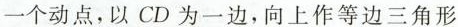
一个动点，以CD为一边，向上作等边三角形